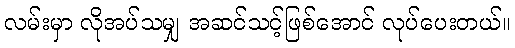
လမ်းမှာ လိုအပ်သမျှ အဆင်သင့်ဖြစ်အောင် လုပ်ပေးတယ်။